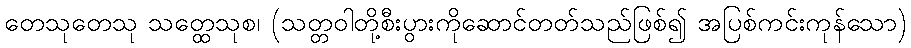
တေသုတေသု သတ္ထေသုစ၊ (သတ္တဝါတို့စီးပွားကိုဆောင်တတ်သည်ဖြစ်၍ အပြစ်ကင်းကုန်သော)